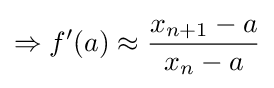
\Rightarrow f'(a)\approx {\frac {x_{n+1}-a}{x_{n}-a}}